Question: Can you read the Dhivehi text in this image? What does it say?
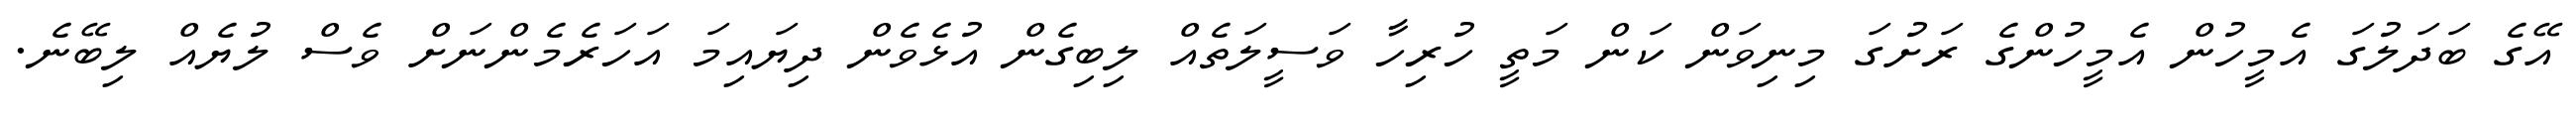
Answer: އޭގެ ބަދަލުގަ އެމީހުން އެމީހުންގެ ރަށުގަ މިނިވަން ކަން މަތީ ހުރިހާ ވަސީލަތެއް ލިބިގެން އުޅެވެން ދިޔައިމަ އަހަރެމެންނަށް ވެސް ލުޔެއް ލިބޭނެ.